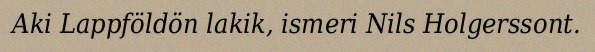
Aki Lappföldön lakik, ismeri Nils Holgerssont.